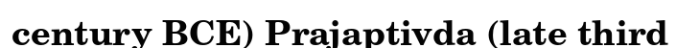
century BCE) Prajaptivda (late third